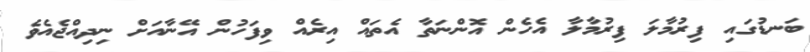
ބަނޑުގައި ފިރުމާލަ ފިރުމާލާ އެހެން އޮންނަތާ އެތައް އިރެއް ވިފަހުން އޭނާއަށް ނިދިއްޖެއެވެ